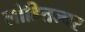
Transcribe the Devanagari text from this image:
लोहितज्वर